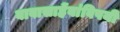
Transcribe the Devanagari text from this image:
बाबासाहेंबांविषयी